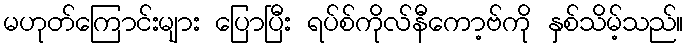
မဟုတ်ကြောင်းများ ပြောပြီး ရပ်စ်ကိုလ်နီကော့ဗ်ကို နှစ်သိမ့်သည်။